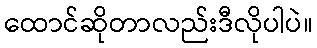
ထောင်ဆိုတာလည်းဒီလိုပါပဲ။